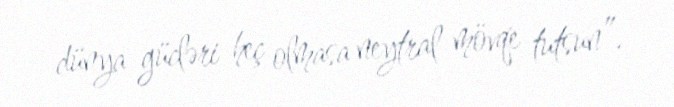
dünya gücləri heç olmasa neytral mövqe tutsun”.